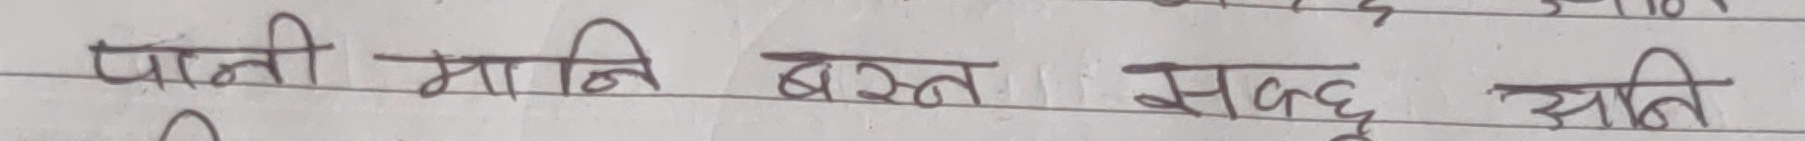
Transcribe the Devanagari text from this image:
पानी मानि बस्न सक्छु अनि